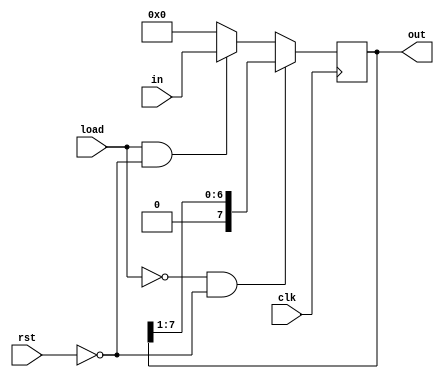
module ShiftReg(
    input clk,
    input rst,
    input load,
    input [7:0] in,
    output [7:0] out
    );


	reg [7:0] out;

	always @(posedge clk)	//if reset=1, assign out=0, else if load=1, assign out=input given, else right shift
	begin
		if (load == 0 & rst == 0)
			out=out>>1;
		else if (load ==1 & rst == 0)
			out=in;
		else
			out=8'b0;
	end
	
endmodule